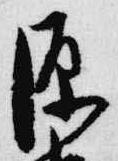
源